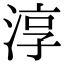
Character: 淳